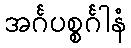
အင်္ဂပစ္စင်္ဂါနံ